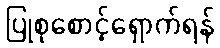
ပြုစုစောင့်ရှောက်ရန်